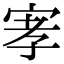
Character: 宯